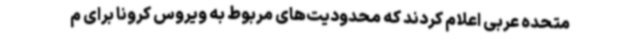
متحده عربی اعلام کردند که محدودیت‌های مربوط به ویروس کرونا برای م